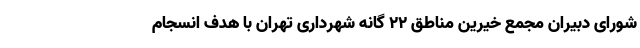
شورای دبیران مجمع خیرین مناطق 22 گانه شهرداری تهران با هدف انسجام